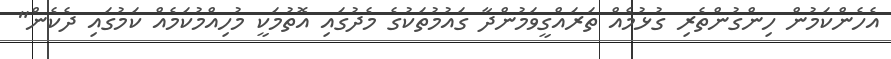
އެހެންކަމުން ހިންގުންތެރި ގުޅުމެއް ތަރައްގީވަމުންދާ ގައުމުތަކުގެ މެދުގައި އޮތުމަކީ މުހިއްމުކަމެއް ކަމުގައި ދެކެން"